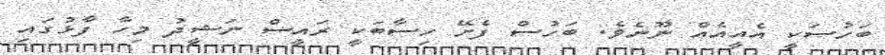
ބަހުސަކީ އެއީއެއް ނޫނެވެ. ބަހުސް ފެށޭ ހިސާބަކީ ރައީސް ނަޝީދު މިހާ ފާޅުގައި